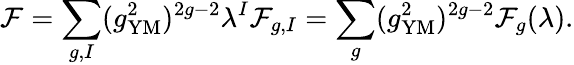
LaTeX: {\cal F}=\sum_{g,I}(g_{\mathrm{YM}}^{2})^{2g-2}\lambda^{I}{\cal F}_{g,I}=\sum_{g}(g_{\mathrm{YM}}^{2})^{2g-2}{\cal F}_{g}(\lambda).